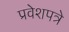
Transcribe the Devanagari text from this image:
प्रवेशपत्रे